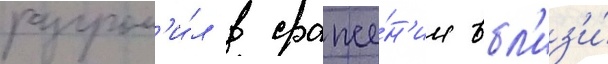
разгром'и́л в сраже́н'ии вбл'из'и́